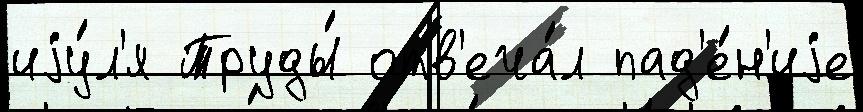
иjу́л'я Труды́ отв'еча́л пад'е́н'иjе